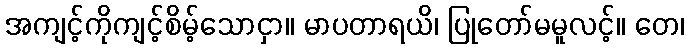
အကျင့်ကိုကျင့်စိမ့်သောငှာ။ မာပတာရယိ၊ ပြုတော်မမူလင့်။ တေ၊